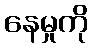
နေမှုကို